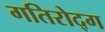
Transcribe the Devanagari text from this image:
गतिरोद्ग